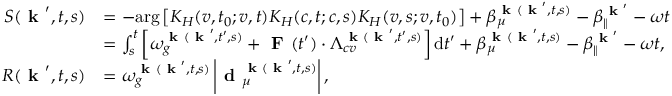
\begin{array} { r l } { S ( \textbf { k } ^ { \prime } , t , s ) } & { = - \mathrm { a r g } \left[ K _ { H } ( v , t _ { 0 } ; v , t ) K _ { H } ( c , t ; c , s ) K _ { H } ( v , s ; v , t _ { 0 } ) \right] + \beta _ { \mu } ^ { \textbf { k } ( \textbf { k } ^ { \prime } , t , s ) } - \beta _ { \| } ^ { \textbf { k } ^ { \prime } } - \omega t } \\ & { = \int _ { s } ^ { t } \left[ \omega _ { g } ^ { \textbf { k } ( \textbf { k } ^ { \prime } , t ^ { \prime } , s ) } + \textbf { F } ( t ^ { \prime } ) \cdot \Lambda _ { c v } ^ { \textbf { k } ( \textbf { k } ^ { \prime } , t ^ { \prime } , s ) } \right] \mathrm { d } t ^ { \prime } + \beta _ { \mu } ^ { \textbf { k } ( \textbf { k } ^ { \prime } , t , s ) } - \beta _ { \| } ^ { \textbf { k } ^ { \prime } } - \omega t , } \\ { R ( \textbf { k } ^ { \prime } , t , s ) } & { = \omega _ { g } ^ { \textbf { k } ( \textbf { k } ^ { \prime } , t , s ) } \left| \textbf { d } _ { \mu } ^ { \textbf { k } ( \textbf { k } ^ { \prime } , t , s ) } \right| , } \end{array}